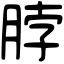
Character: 脖